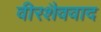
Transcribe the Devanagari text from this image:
वीरशैववाद